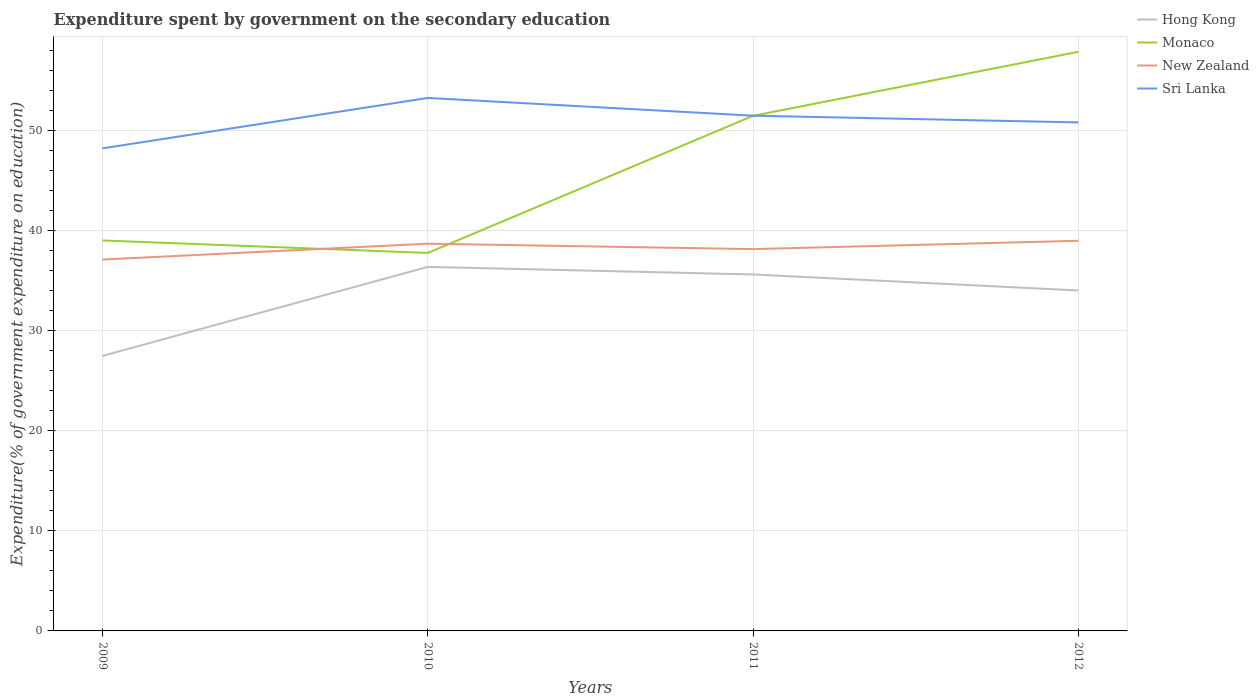
| Years | Hong Kong | Monaco | New Zealand | Sri Lanka |
 | --- | --- | --- | --- | --- |
 | 2009 | 27.5 | 39 | 37.1 | 48.2 |
 | 2010 | 36.4 | 37.7 | 38.7 | 53.2 |
 | 2011 | 35.6 | 51.4 | 38.1 | 51.5 |
 | 2012 | 34 | 57.8 | 39 | 50.8 |